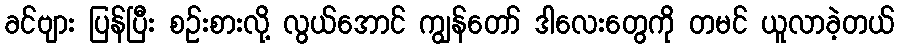
ခင်ဗျား ပြန်ပြီး စဉ်းစားလို့ လွယ်အောင် ကျွန်တော် ဒါလေးတွေကို တမင် ယူလာခဲ့တယ်